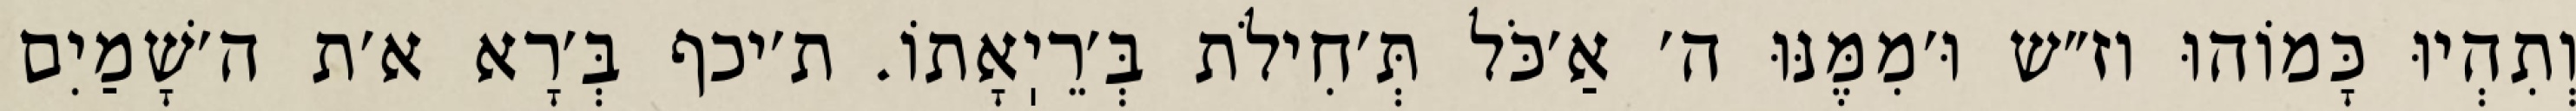
וְתִהְיוּ כָּמוֹהוּ וז״ש וּ׳מִמֶּנּוּ ה׳ אַ׳כֹּל תְּ׳חִילֹת בְּ׳רֵיֽאָתוֹ. ת׳יכף בְּ׳רָא א׳ת ה׳שָׁמַיִם